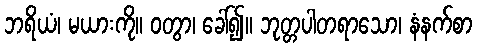
ဘရိယံ၊ မယားကို။ ဝတွာ၊ ခေါ်၍။ ဘုတ္တပါတရာသော၊ နံနက်စာ